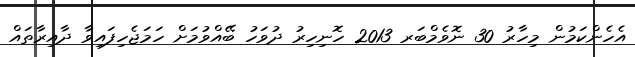
އެހެންކަމުން މިހާރު 30 ނޮވެމްބަރ 2013 ހޮނިހިރު ދުވަހު ބޭއްވުމަށް ހަމަޖެހިފައިވާ ދާއިރާތައް